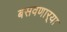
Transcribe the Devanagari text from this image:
बसवणार्‍या